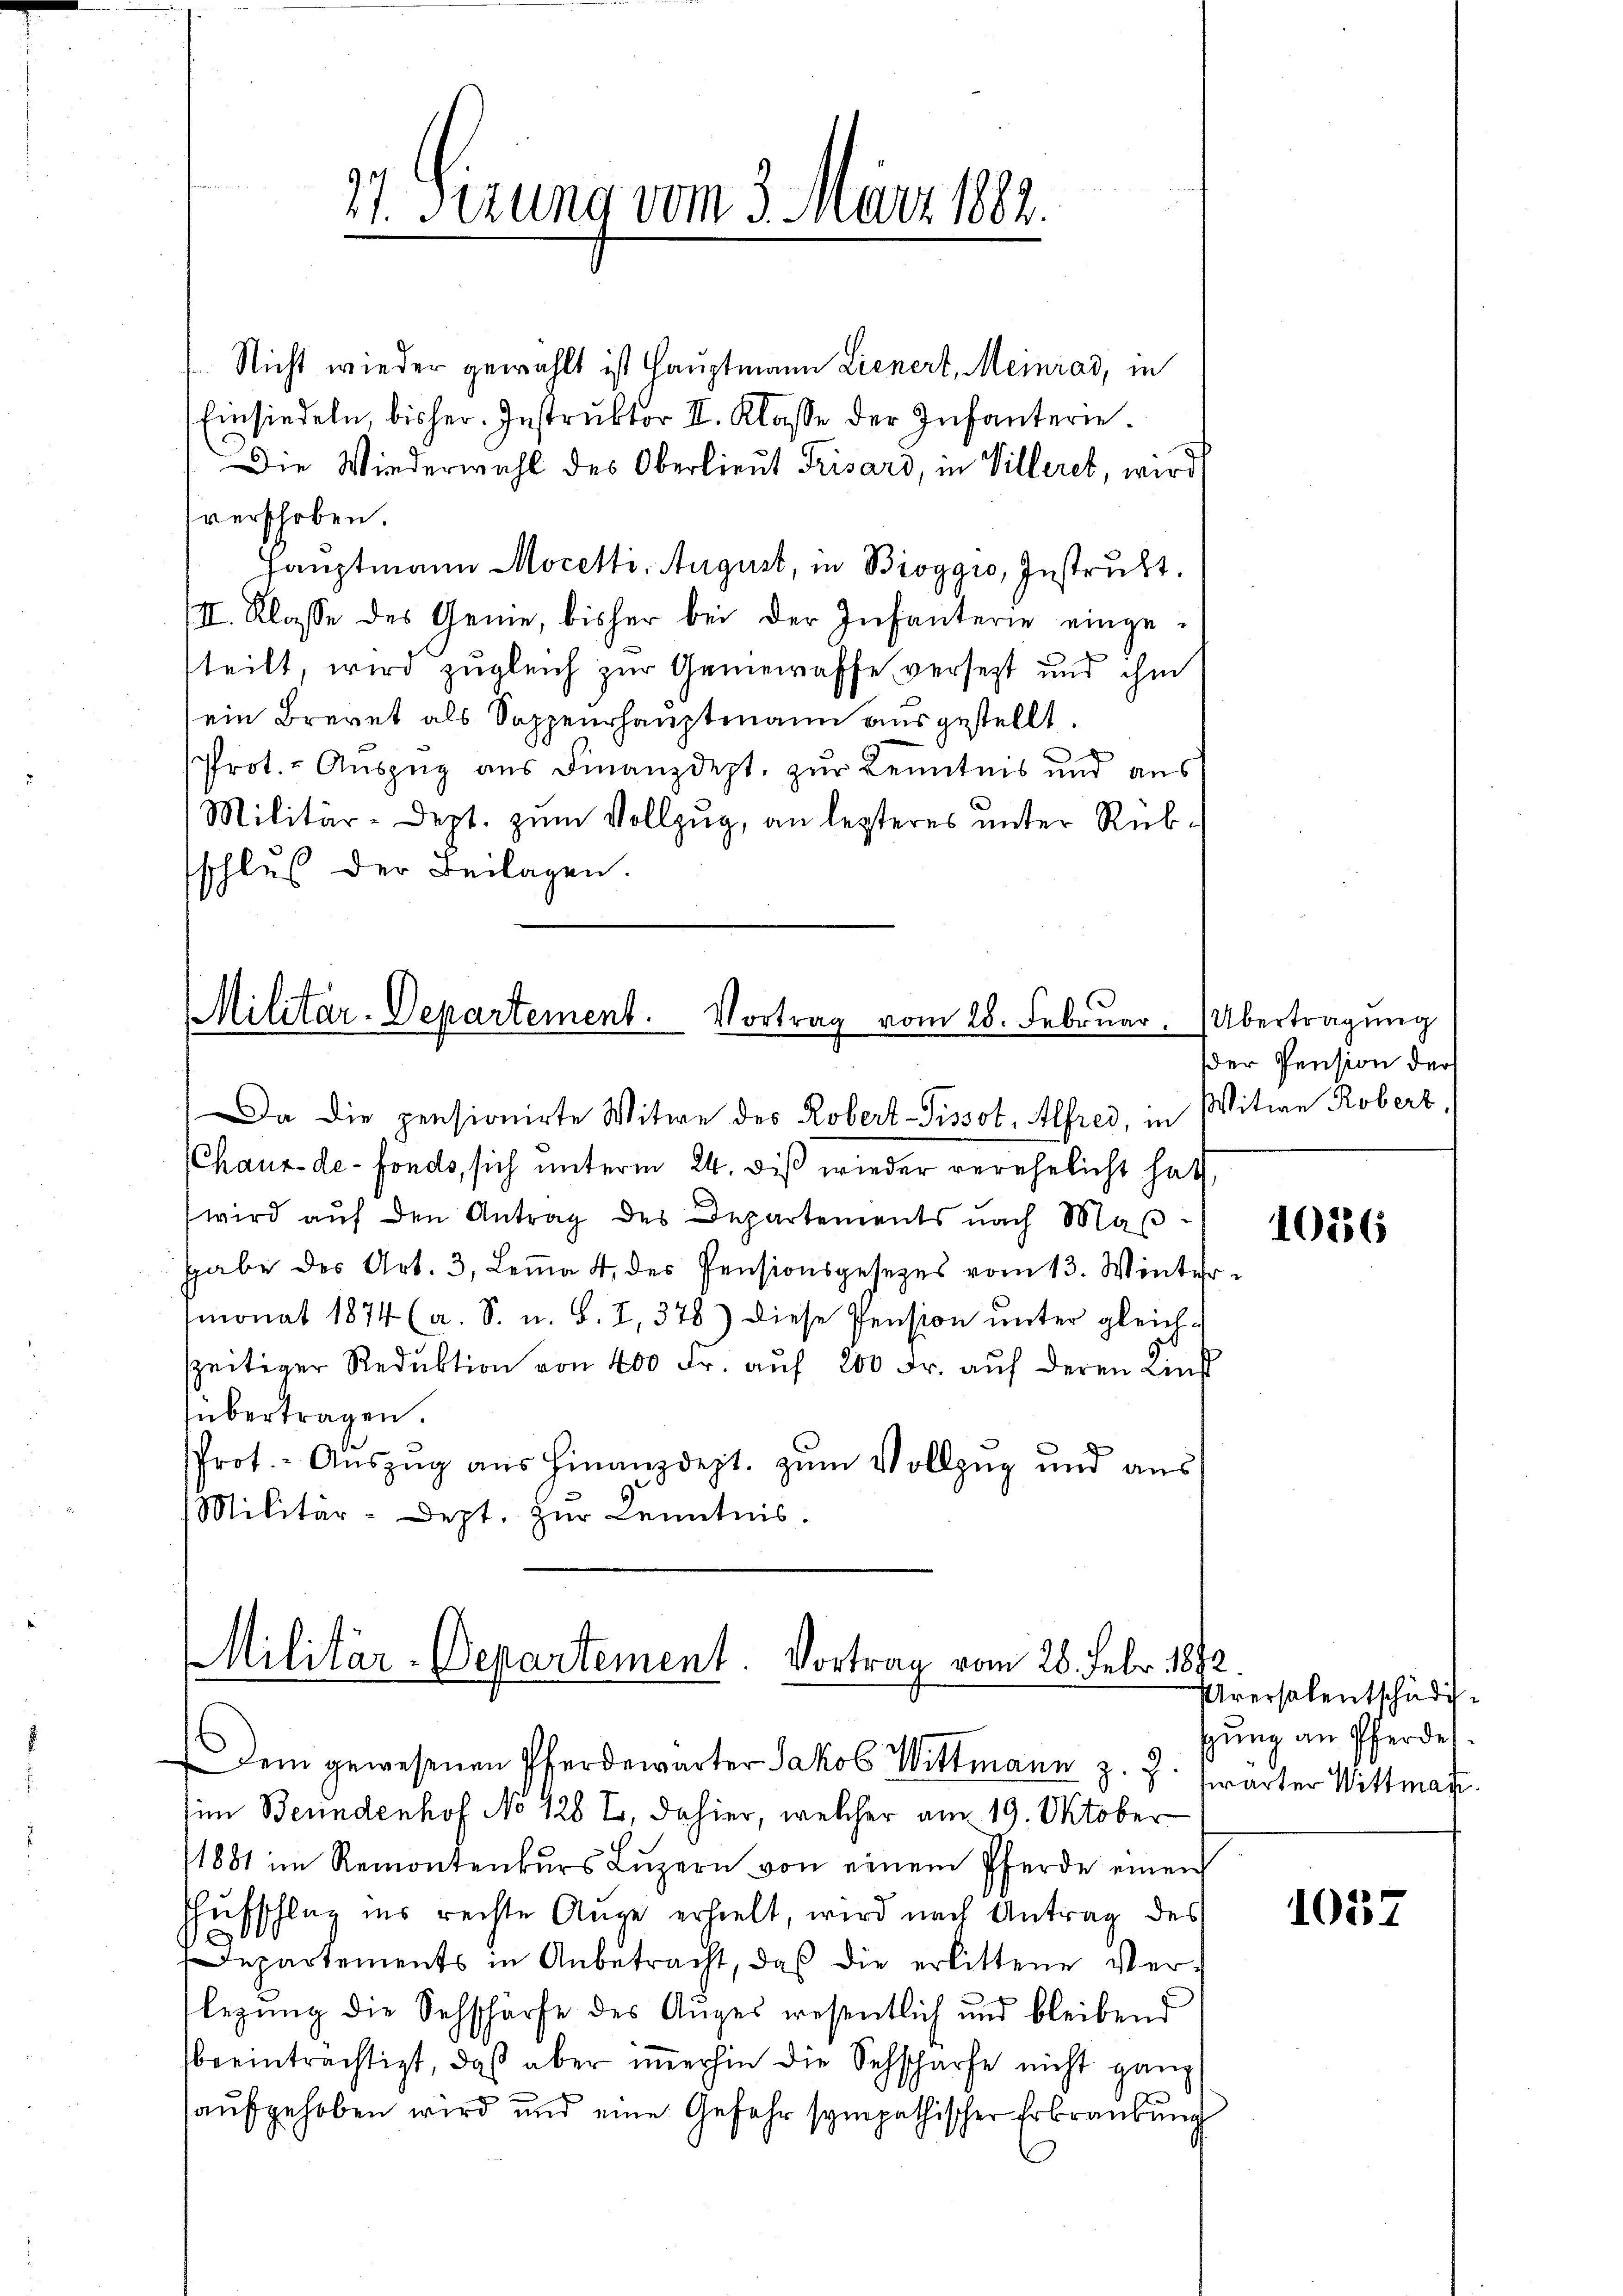
Nicht wieder gewählt ist Hauptmann Lienert, Meinrad, in
Einsiedeln, bisher Instruktor II. Klasse der Infanterie.
Die Wiederwahl des Oberlieut Trisard, in Villeret, wird
verschoben.
Hauptmann Mocetti. August, in Bioggio, Instrukt.
III. Klasse des Geme, bisher bei der Infanterie eingesteilt, wird zugleich zur Gemeiraffe versetzt und ihm
ein Brevet als Sappeurhauptmann ausgestellt.
Prot. - Auszug aus Finanzdept. zur Kenntnis und aus
Militär-Dept. zŭm Vollzŭg, an lezteres ŭnter Rub-
schluß der Beilagen.

37. Sizung vom 3. März 1882.

Militär-Departement. Vortrag vom 28. Februar.
Da die pensionirte Witwe des Robert-Pissot. Alfred, in Witwe Robert

Chaux-de-Fonds, sich unterm 24. dieß wieder verehelicht hat
wird aŭf den Antrag des Departements nach Maβ-
habe des Art. 3, Leṁa 4 des Pensionsgesetzes vom 13. Winter
monat 1874 (a. S. u. S. I, 378) diese Pension unter gleichszeitiger Reduktion von 400 Fr. aŭf 200 Fr. aŭf deren Lins
übertragen.
Prot. - Aŭszŭg aŭs Finanzdept. zŭm Vollzug und aus
Militär-Dept. zŭr Kenntnis.

Militär-Departement. Vortrag vom 26. Febr. 1892.
Dem gewesenen Pferdewarter Jakob Wittmann z. Z.

im Beundenhof No 128 Er, dahier, welcher am 19. Oktober
1881 im Remontenkŭrs Lŭzern von einem Pferde einen
Hufschlag ins rechte Auge erhielt, wird nach Antrag des
Departements in Anbetracht, das die erlittene Ver-
legung die Sehschärfe des Auges wesentlich und bleibend
beeinträchtigt, daß aber imerhin die Sehscharfe nicht ganz
aufgehoben wird und eine Gefahr sympathischer Erbraubung

Übertragung
der Pension der

1016

Urersalentschädisung an Pferdel.
swarter Wittman

1057